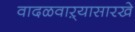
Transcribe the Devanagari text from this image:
वादळवाऱ्यासारखे